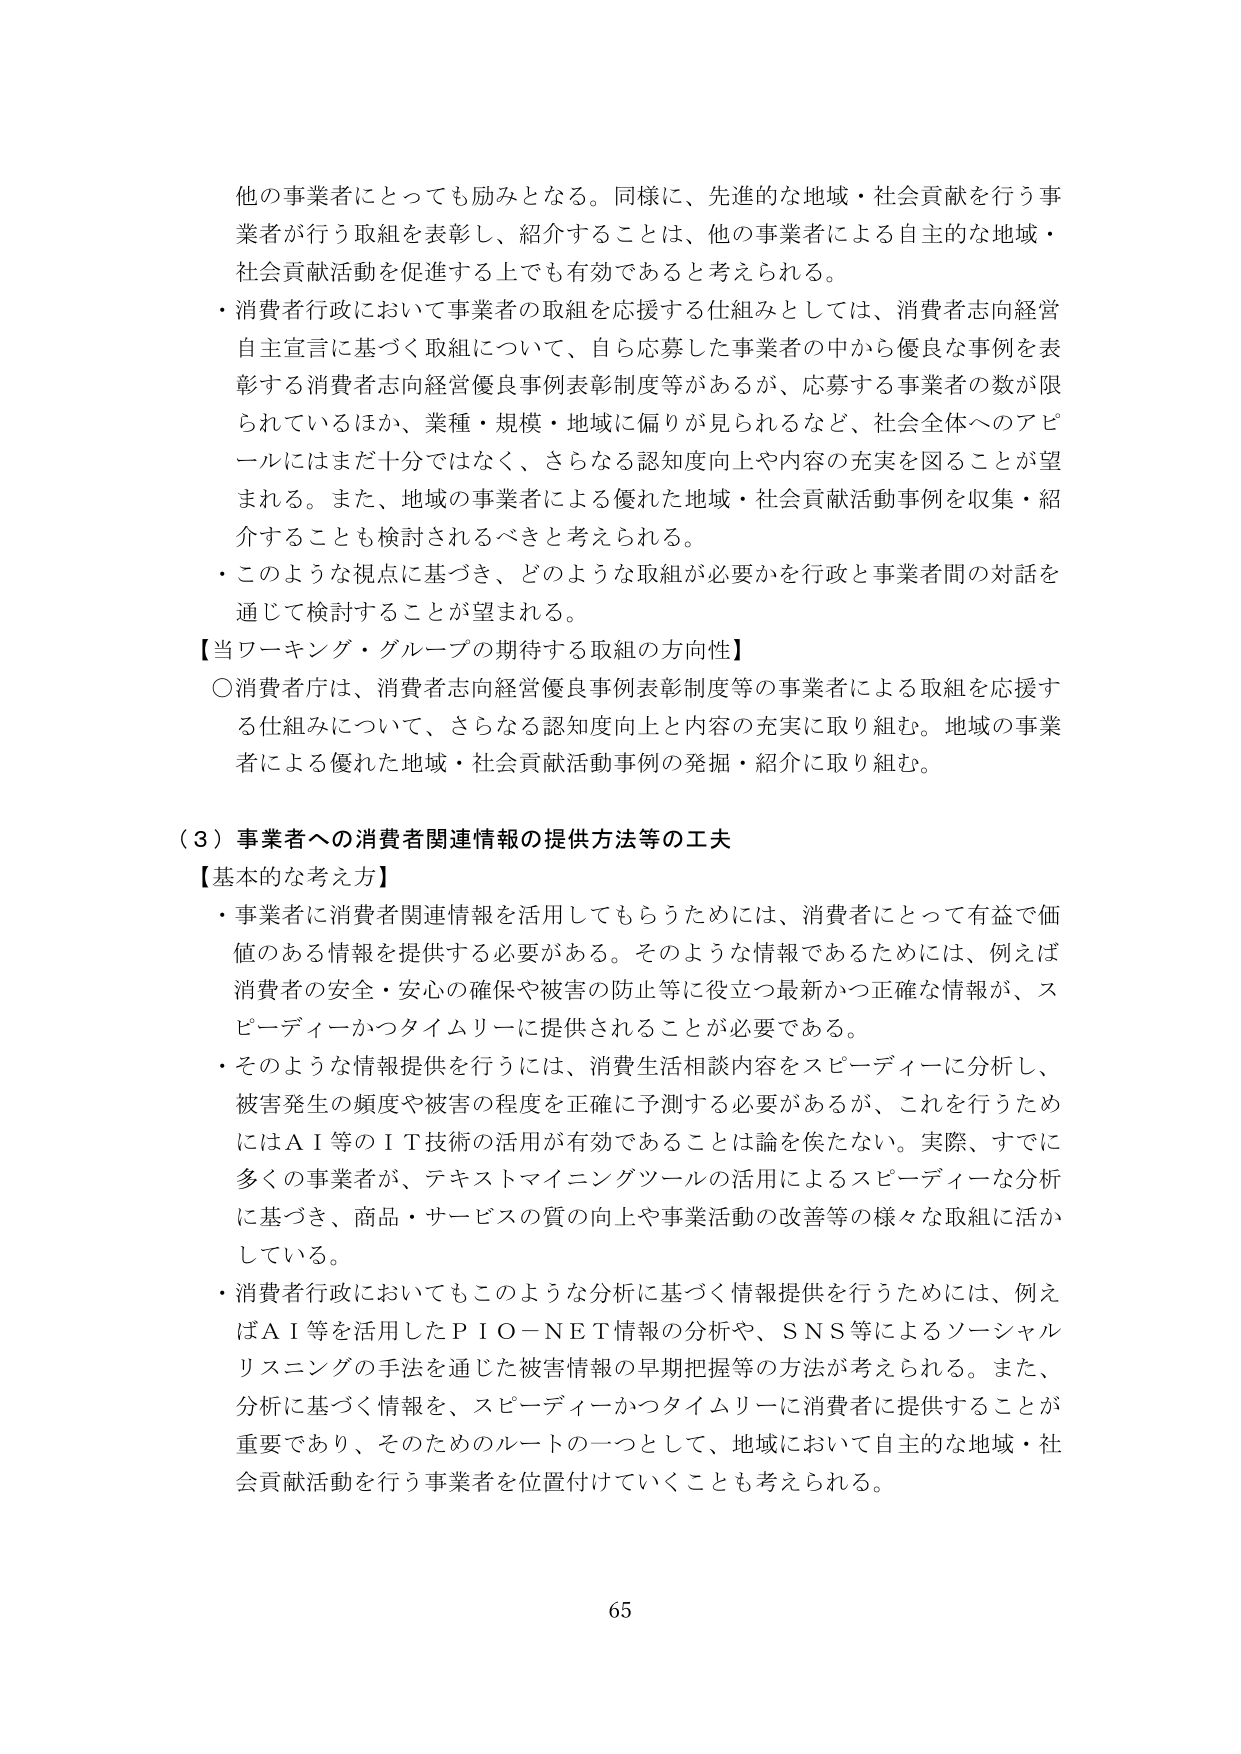
他の事業者にとっても励みとなる。同様に、先進的な地域・社会貢献を行う事業者が行う取組を表彰し、紹介することは、他の事業者による自主的な地域・社会貢献活動を促進する上でも有効であると考えられる。

・消費者行政において事業者の取組を応援する仕組みとしては、消費者志向経営自主宣言に基づく取組について、自ら応募した事業者の中から優良な事例を表彰する消費者志向経営優良事例表彰制度等があるが、応募する事業者の数が限られているほか、業種・規模・地域に偏りが見られるなど、社会全体へのアピールにはまだ十分ではなく、さらなる認知度向上や内容の充実を図ることが望まれる。また、地域の事業者による優れた地域・社会貢献活動事例を収集・紹介することも検討されるべきと考えられる。

・このような視点に基づき、どのような取組が必要かを行政と事業者間の対話を通じて検討することが望まれる。

【当ワーキング・グループの期待する取組の方向性】

○消費者庁は、消費者志向経営優良事例表彰制度等の事業者による取組を応援する仕組みについて、さらなる認知度向上と内容の充実に取り組む。地域の事業者による優れた地域・社会貢献活動事例の発掘・紹介に取り組む。

（３）事業者への消費者関連情報の提供方法等の工夫

【基本的な考え方】

・事業者に消費者関連情報を活用してもらうためには、消費者にとって有益で価値のある情報を提供する必要がある。そのような情報であるためには、例えば消費者の安全・安心の確保や被害の防止等に役立つ最新かつ正確な情報が、スピーディーかつタイムリーに提供されることが必要である。

・そのような情報提供を行うには、消費生活相談内容をスピーディーに分析し、被害発生の頻度や被害の程度を正確に予測する必要があるが、これを行うためにはＡＩ等のＩＴ技術の活用が有効であることは論を俟たない。実際、すでに多くの事業者が、テキストマイニングツールの活用によるスピーディーな分析に基づき、商品・サービスの質の向上や事業活動の改善等の様々な取組に活かしている。

・消費者行政においてもこのような分析に基づく情報提供を行うためには、例えばＡＩ等を活用したＰＩＯ－ＮＥＴ情報の分析や、ＳＮＳ等によるソーシャルリスニングの手法を通じた被害情報の早期把握等の方法が考えられる。また、分析に基づく情報を、スピーディーかつタイムリーに消費者に提供することが重要であり、そのためのルートの一つとして、地域において自主的な地域・社会貢献活動を行う事業者を位置付けていくことも考えられる。

65